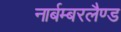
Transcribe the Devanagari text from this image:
नार्बम्बरलैण्ड